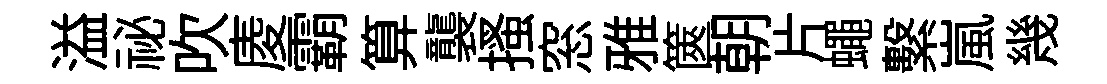
溢祕吹庱霸算襲搔窓雅篋朝片蠅繫嵐幾